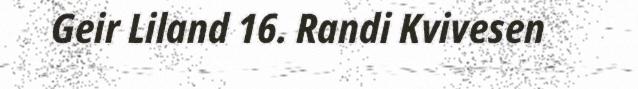
Geir Liland 16. Randi Kvivesen